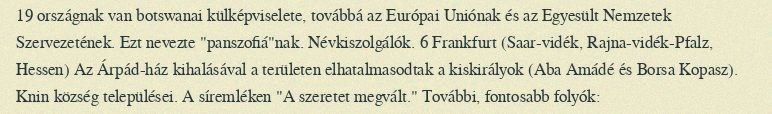
19 országnak van botswanai külképviselete, továbbá az Európai Uniónak és az Egyesült Nemzetek Szervezetének. Ezt nevezte "panszofiá"nak. Névkiszolgálók. 6 Frankfurt (Saar-vidék, Rajna-vidék-Pfalz, Hessen) Az Árpád-ház kihalásával a területen elhatalmasodtak a kiskirályok (Aba Amádé és Borsa Kopasz). Knin község települései. A síremléken "A szeretet megvált." További, fontosabb folyók: